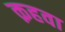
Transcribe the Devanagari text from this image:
क़हवा